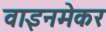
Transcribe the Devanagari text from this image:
वाइनमेकर